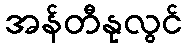
အန်တီနုလွင်